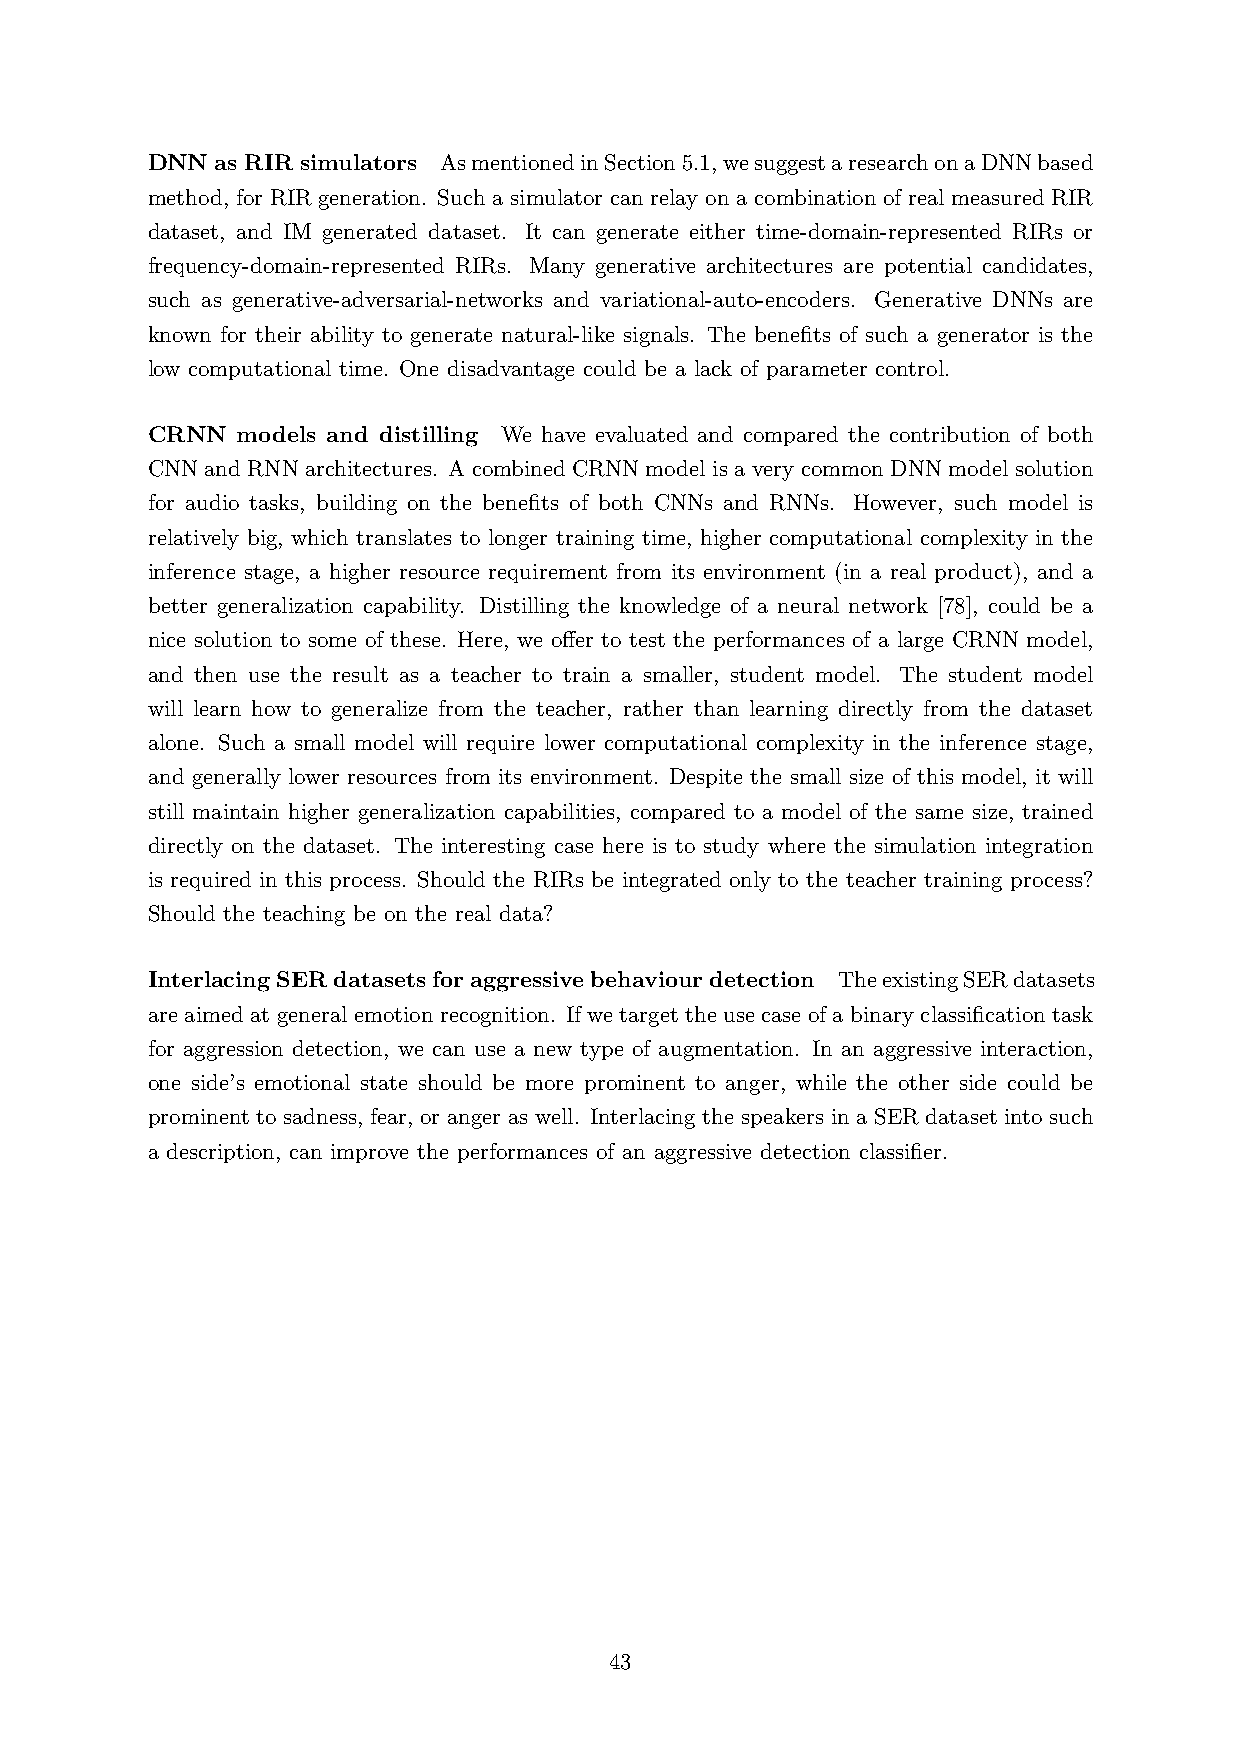
DNNasRIRsimulators AsmentionedinSection5.1,wesuggestaresearchonaDNNbased
 method, for RIR generation. Such a simulator can relay on a combination of real measured RIR
 dataset, and IM generated dataset. It can generate either time-domain-represented RIRs or
 frequency-domain-represented RIRs. Many generative architectures are potential candidates,
 such as generative-adversarial-networks and variational-auto-encoders. Generative DNNs are
 known for their ability to generate natural-like signals. The benefits of such a generator is the
 low computational time. One disadvantage could be a lack of parameter control.
 CRNN  models and distilling We have evaluated and compared the contribution of both
 CNN and RNN architectures. A combined CRNN model is a very common DNN model solution
 for audio tasks, building on the benefits of both CNNs and RNNs. However, such model is
 relatively big, which translates to longer training time, higher computational complexity in the
 inference stage, a higher resource requirement from its environment (in a real product), and a
 better generalization capability. Distilling the knowledge of a neural network [78], could be a
 nice solution to some of these. Here, we offer to test the performances of a large CRNN model,
 and then use the result as a teacher to train a smaller, student model. The student model
 will learn how to generalize from the teacher, rather than learning directly from the dataset
 alone. Such a small model will require lower computational complexity in the inference stage,
 and generally lower resources from its environment. Despite the small size of this model, it will
 still maintain higher generalization capabilities, compared to a model of the same size, trained
 directly on the dataset. The interesting case here is to study where the simulation integration
 is required in this process. Should the RIRs be integrated only to the teacher training process?
 Should the teaching be on the real data?
 InterlacingSERdatasetsforaggressivebehaviourdetection TheexistingSERdatasets
 are aimed at general emotion recognition. If we target the use case of a binary classification task
 for aggression detection, we can use a new type of augmentation. In an aggressive interaction,
 one side’s emotional state should be more prominent to anger, while the other side could be
 prominent to sadness, fear, or anger as well. Interlacing the speakers in a SER dataset into such
 a description, can improve the performances of an aggressive detection classifier.
 43